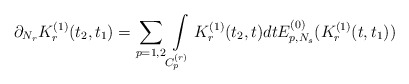
\begin{align*}\partial_{N_r}K_r^{(1)}(t_2,t_1)=\sum_{p=1,2}\int\limits_{C_p^{(r)}}K_r^{(1)}(t_2,t)dtE_{p,N_s}^{(0)}(K_r^{(1)}(t,t_1))\end{align*}